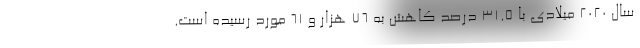
سال ۲۰۲۰ میلادی با ۳۱.۵ درصد کاهش به ۷۶ هزار و ۶۱ مورد رسیده است.